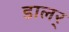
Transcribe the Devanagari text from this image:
डालर्